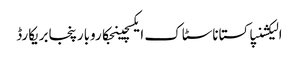
الیکشنپاکستاناسٹاک ایکسچینجکاروبارپنجابریکارڈ